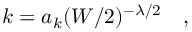
k = a _ { k } ( W / 2 ) ^ { - \lambda / 2 } \quad ,